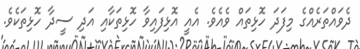
ދެވައްތަރެއްގެ މިފަދަ ހޮޅިތައް ވެއެވެ. އެއީ އޮޅިފައިވާ ހޮޅިތަކާއި އަދި ސީދާ ހޮޅިތަކެވެ.